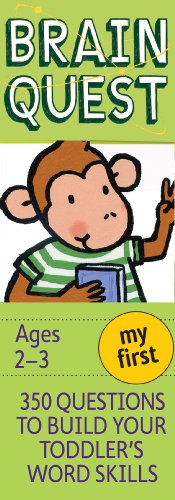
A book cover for My First Brain Quest, revised 4th edition: 350 Questions and Answers to Build Your Toddlers Word Skills; Chris Welles Feder; Children's Books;